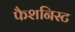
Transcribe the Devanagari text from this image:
फैशनिस्ट